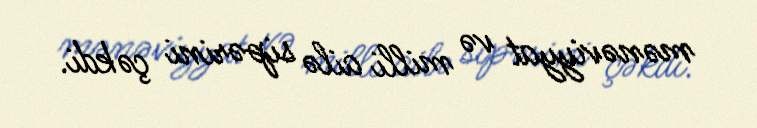
mənəviyyat və milli ailə sipərini çəkdi.